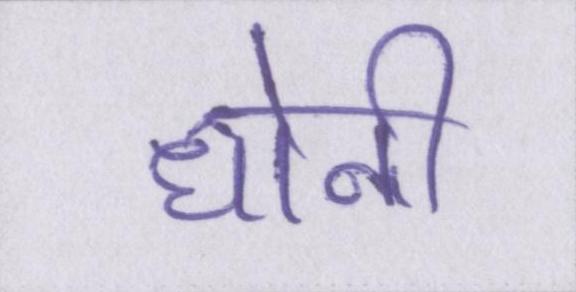
धोनी